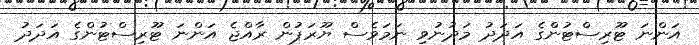
އަންނަ ޓޫރިސްޓުންގެ އަދަދު މަދުނުވި ނަމަވެސް ޔޫރަޕުން ރާއްޖެ އަންނަ ޓޫރިސްޓުންގެ އަދަދު